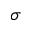
\sigma